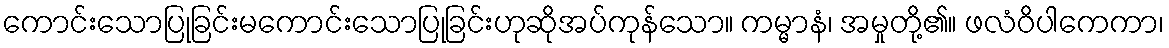
ကောင်းသောပြုခြင်းမကောင်းသောပြုခြင်းဟုဆိုအပ်ကုန်သော။ ကမ္မာနံ၊ အမှုတို့၏။ ဖလံဝိပါကေကာ၊